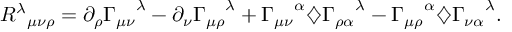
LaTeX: { R ^ { \lambda } } _ { \mu \nu \rho } = \partial _ { \rho } { \Gamma _ { \mu \nu } } ^ { \lambda } - \partial _ { \nu } { \Gamma _ { \mu \rho } } ^ { \lambda } + { \Gamma _ { \mu \nu } } ^ { \alpha } \diamondsuit { \Gamma _ { \rho \alpha } } ^ { \lambda } - { \Gamma _ { \mu \rho } } ^ { \alpha } \diamondsuit { \Gamma _ { \nu \alpha } } ^ { \lambda } .